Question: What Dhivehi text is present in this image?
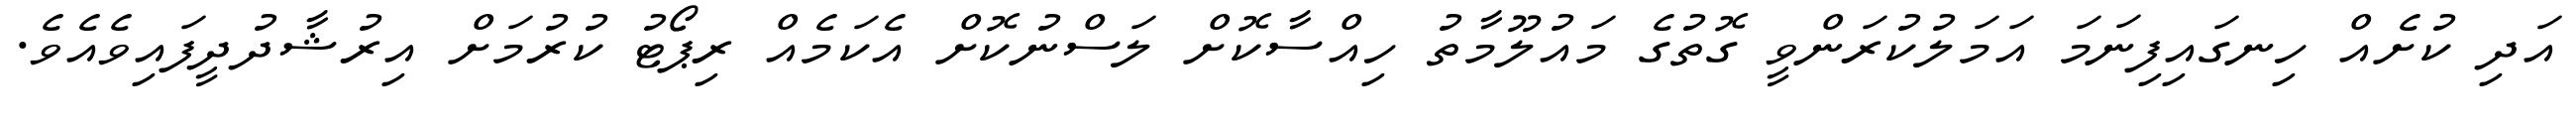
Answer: އަދި ކުށެއް ހިނގައިފިނަމަ އަމަލުކުރަންވީ ގޮތުގެ މައުލޫމާތު ހިއްސާކޮށް ލަސްނުކޮށް އެކަމެއް ރިޕޯޓު ކުރުމަށް އިރުޝާދުދީފައިވެއެވެ.